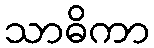
သာဓိကာ